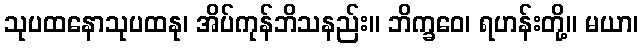
သုပထနောသုပထနု၊ အိပ်ကုန်ဘိသနည်း။ ဘိက္ခဝေ၊ ရဟန်းတို့။ မယာ၊